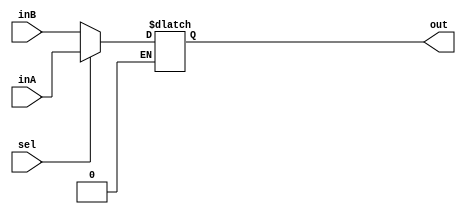
`timescale 1ns / 1ps

////////////////////////////////////////////////////////////////////////////////
// Engineer - Jonathan Herron
// 
// Module - Mux32Bit2To1.v
// Description - Use the sel input signal to choose which 32-bit inputs should be at the output
//              - sel = 1, out = inA
//              - sel = 0, out = inB
////////////////////////////////////////////////////////////////////////////////

module Mux32Bit2To1(out, inA, inB, sel);

    output reg [31:0] out;
    
    input [31:0] inA;
    input [31:0] inB;
    input sel;
    
    always @(sel, inA, inB) begin
        if (sel == 1) 
            out <= inA;
        if (sel == 0)
            out <= inB;
    end

endmodule